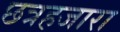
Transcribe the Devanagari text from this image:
छत्रहजारा